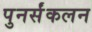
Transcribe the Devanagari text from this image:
पुनर्संकलन